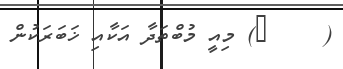
(     ٥) މިއީ މުބްތަދާ އަކާއި ޚަބަރަކުން